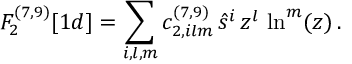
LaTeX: F _ { 2 } ^ { ( 7 , 9 ) } [ 1 d ] = \sum _ { i , l , m } c _ { 2 , i l m } ^ { ( 7 , 9 ) } \, \hat { s } ^ { i } \, z ^ { l } \, \ln ^ { m } ( z ) \, .